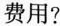
费用?